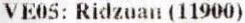
VE05: RIDZUAN (11900)